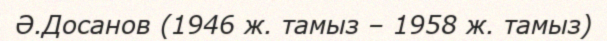
Ә.Досанов (1946 ж. тамыз – 1958 ж. тамыз)